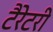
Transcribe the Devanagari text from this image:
टैरेटरी